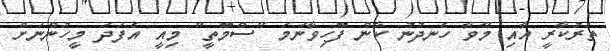
ތަރުކާރީ އާއި މޭވާ ހެނދުނު ކާން ފޫހިވާނަމަ "ސްމޫތީ" މިއީ އެފަދަ މީހުންނަށް